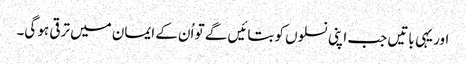
اور یہی باتیں جب اپنی نسلوں کو بتائیں گے تو اُن کے ایمان میں ترقی ہو گی۔